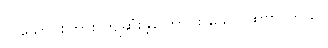
၇ သောင်းကြား ကျဆုံးခဲ့ကြောင်း ဖော်ပြထားပါတယ်။